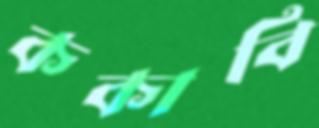
ককাবি